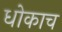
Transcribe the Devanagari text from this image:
धोकाच